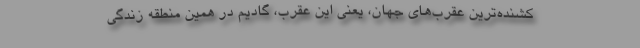
کشنده‌ترین عقرب‌های جهان،‌ یعنی این عقرب، گادیم در همین منطقه زندگی